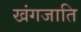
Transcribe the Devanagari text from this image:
खंगजाति